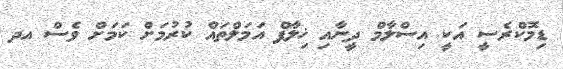
ޑިމޮކްރެސީ އަކީ އިސްލާމް ދީނާއި ޚިލާފް އަމަލްތައް ކުރުމަށް ކަމަށް ވެސް އދ